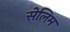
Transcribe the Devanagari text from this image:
सेलिम